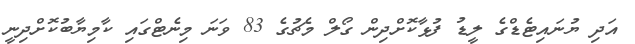
އަދި ޔުނައިޓެޑްގެ ލީޑު ފުޅާކޮށްދިން ގޯލް މެޗުގެ 83 ވަނަ މިނެޓްގައި ކާމިޔާބުކޮށްދިނީ